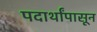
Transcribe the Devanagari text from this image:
पदार्थांपासून